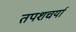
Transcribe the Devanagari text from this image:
तपशचर्या